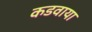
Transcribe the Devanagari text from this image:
कडवाया